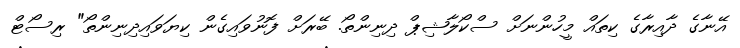
އޭނާގެ ދާއިރާގެ ކިތައް މީހުންނަށް ސްކޯލާޝިޕް ދިނިންތޯ. ބޭރަށް ފޮނުވައިގެން ކިޔަވައިދިނިންތޯ" ރިސޯޓް